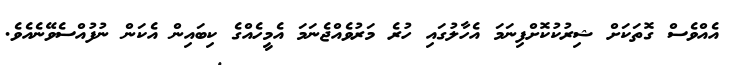
އެއްވެސް ގޮތަކަށް ޝިރުކުކޮށްފިނަމަ އެހާލުގައި ހުރެ މަރުވެއްޖެނަމަ އެމީހެއްގެ ކިބައިން އެކަން ނުފުއްސެވޭނެއެވެ.